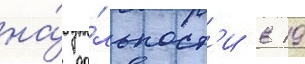
на́ да́льност'и в 19